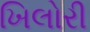
ખિલોરી